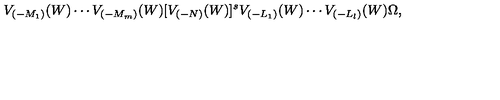
V _ { ( - M _ { 1 } ) } ( W ) \cdots V _ { ( - M _ { m } ) } ( W ) [ V _ { ( - N ) } ( W ) ] ^ { s } V _ { ( - L _ { 1 } ) } ( W ) \cdots V _ { ( - L _ { l } ) } ( W ) \Omega ,